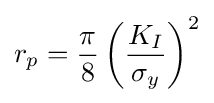
r_{p}={\frac {\pi }{8}}\left({\frac {K_{I}}{\sigma _{y}}}\right)^{2}